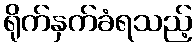
ရိုက်နှက်ခံရသည့်